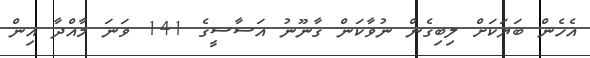
އެހެން ބަޔަކަށް ލިބިގެން ނުވާކަން ގާނޫނު އަސާސީގެ 141 ވަނަ މާއްދާ އިން